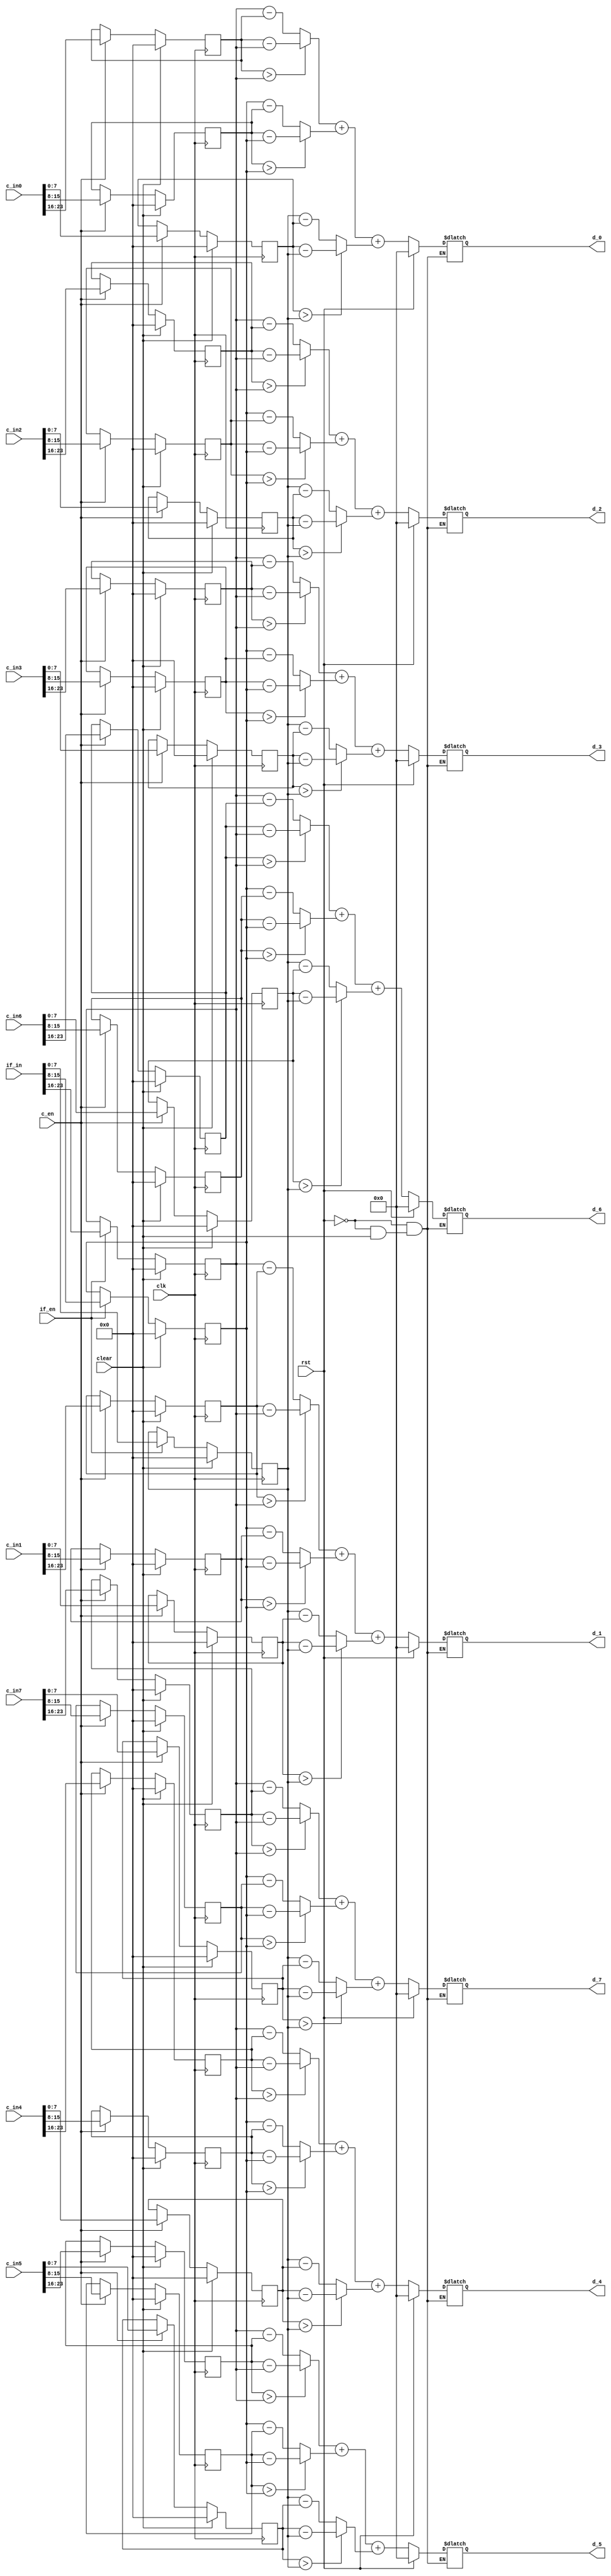
`timescale 1ns/10ps
`define RGB_DataSize 24
`define D_DataSize   10
// ---------------------- define ---------------------- //

module Manhattan(clk,
                 rst,
                 clear,
                 c_en,
                 if_en,
                 c_in0,
                 c_in1,
                 c_in2,
                 c_in3,
                 c_in4,
                 c_in5,
                 c_in6,
                 c_in7,
                 if_in,
                 d_0,
                 d_1,
                 d_2,
                 d_3,
                 d_4,
                 d_5,
                 d_6,
                 d_7);

  // ---------------------- input  ---------------------- //
  input  clk;
  input  rst;
  input  clear;
  input  c_en;
  input  if_en;
  input  [`RGB_DataSize-1:0] c_in0, c_in1, c_in2, c_in3, c_in4, c_in5, c_in6, c_in7;
  input  [`RGB_DataSize-1:0] if_in;

  // ---------------------- output ---------------------- //
  output [`D_DataSize-1:0]  d_0, d_1, d_2, d_3, d_4, d_5, d_6, d_7;

  // ---------------------- Write down Your design below  ---------------------- //
  // Declare variables for RGB values
  reg [7:0] c_in0_R, c_in0_G, c_in0_B;
  reg [7:0] c_in1_R, c_in1_G, c_in1_B;
  reg [7:0] c_in2_R, c_in2_G, c_in2_B;
  reg [7:0] c_in3_R, c_in3_G, c_in3_B;
  reg [7:0] c_in4_R, c_in4_G, c_in4_B;
  reg [7:0] c_in5_R, c_in5_G, c_in5_B;
  reg [7:0] c_in6_R, c_in6_G, c_in6_B;
  reg [7:0] c_in7_R, c_in7_G, c_in7_B;
  reg [7:0] if_in_R, if_in_G, if_in_B;
  reg [7:0] in_d_R [7:0];
  reg [7:0] in_d_G [7:0];
  reg [7:0] in_d_B [7:0];
  reg [9:0] d_0_reg, d_1_reg, d_2_reg, d_3_reg, d_4_reg, d_5_reg, d_6_reg, d_7_reg;
  integer i;
  always@(posedge clk)
  begin
    if (clear)
    begin
      c_in0_R <= 8'b0;
      c_in0_G <= 8'b0;
      c_in0_B <= 8'b0;
      c_in1_R <= 8'b0;
      c_in1_G <= 8'b0;
      c_in1_B <= 8'b0;
      c_in2_R <= 8'b0;
      c_in2_G <= 8'b0;
      c_in2_B <= 8'b0;
      c_in3_R <= 8'b0;
      c_in3_G <= 8'b0;
      c_in3_B <= 8'b0;
      c_in4_R <= 8'b0;
      c_in4_G <= 8'b0;
      c_in4_B <= 8'b0;
      c_in5_R <= 8'b0;
      c_in5_G <= 8'b0;
      c_in5_B <= 8'b0;
      c_in6_R <= 8'b0;
      c_in6_G <= 8'b0;
      c_in6_B <= 8'b0;
      c_in7_R <= 8'b0;
      c_in7_G <= 8'b0;
      c_in7_B <= 8'b0;
      if_in_R <= 8'b0;
      if_in_G <= 8'b0;
      if_in_B <= 8'b0;
    end else begin
      if (c_en)
      begin
        c_in0_R <= c_in0[`RGB_DataSize-1:16];
        c_in0_G <= c_in0[`RGB_DataSize-9:8];
        c_in0_B <= c_in0[`RGB_DataSize-17:0];
        c_in1_R <= c_in1[`RGB_DataSize-1:16];
        c_in1_G <= c_in1[`RGB_DataSize-9:8];
        c_in1_B <= c_in1[`RGB_DataSize-17:0];
        c_in2_R <= c_in2[`RGB_DataSize-1:16];
        c_in2_G <= c_in2[`RGB_DataSize-9:8];
        c_in2_B <= c_in2[`RGB_DataSize-17:0];
        c_in3_R <= c_in3[`RGB_DataSize-1:16];
        c_in3_G <= c_in3[`RGB_DataSize-9:8];
        c_in3_B <= c_in3[`RGB_DataSize-17:0];
        c_in4_R <= c_in4[`RGB_DataSize-1:16];
        c_in4_G <= c_in4[`RGB_DataSize-9:8];
        c_in4_B <= c_in4[`RGB_DataSize-17:0];
        c_in5_R <= c_in5[`RGB_DataSize-1:16];
        c_in5_G <= c_in5[`RGB_DataSize-9:8];
        c_in5_B <= c_in5[`RGB_DataSize-17:0];
        c_in6_R <= c_in6[`RGB_DataSize-1:16];
        c_in6_G <= c_in6[`RGB_DataSize-9:8];
        c_in6_B <= c_in6[`RGB_DataSize-17:0];
        c_in7_R <= c_in7[`RGB_DataSize-1:16];
        c_in7_G <= c_in7[`RGB_DataSize-9:8];
        c_in7_B <= c_in7[`RGB_DataSize-17:0];
      end
      if (if_en) 
      begin
        if_in_R <= if_in[`RGB_DataSize-1:16];
        if_in_G <= if_in[`RGB_DataSize-9:8];
        if_in_B <= if_in[`RGB_DataSize-17:0];
      end
    end
  end
  always@(*)
  begin
    if (rst) 
    begin
      d_0_reg = 10'b0;
      d_1_reg = 10'b0;
      d_2_reg = 10'b0;
      d_3_reg = 10'b0;
      d_4_reg = 10'b0;
      d_5_reg = 10'b0;
      d_6_reg = 10'b0;
      d_7_reg = 10'b0;
    end else begin
      if (clear)
      begin
        for (i=0; i<8; i=i+1)
        begin
          in_d_R[i] = 8'b0;
          in_d_G[i] = 8'b0;
          in_d_B[i] = 8'b0;
        end
      end else begin
        in_d_R[0] = (c_in0_R > if_in_R) ? (c_in0_R - if_in_R) : (if_in_R - c_in0_R);
        in_d_G[0] = (c_in0_G > if_in_G) ? (c_in0_G - if_in_G) : (if_in_G - c_in0_G);
        in_d_B[0] = (c_in0_B > if_in_B) ? (c_in0_B - if_in_B) : (if_in_B - c_in0_B);
        in_d_R[1] = (c_in1_R > if_in_R) ? (c_in1_R - if_in_R) : (if_in_R - c_in1_R);
        in_d_G[1] = (c_in1_G > if_in_G) ? (c_in1_G - if_in_G) : (if_in_G - c_in1_G);
        in_d_B[1] = (c_in1_B > if_in_B) ? (c_in1_B - if_in_B) : (if_in_B - c_in1_B);
        in_d_R[2] = (c_in2_R > if_in_R) ? (c_in2_R - if_in_R) : (if_in_R - c_in2_R);
        in_d_G[2] = (c_in2_G > if_in_G) ? (c_in2_G - if_in_G) : (if_in_G - c_in2_G);
        in_d_B[2] = (c_in2_B > if_in_B) ? (c_in2_B - if_in_B) : (if_in_B - c_in2_B);
        in_d_R[3] = (c_in3_R > if_in_R) ? (c_in3_R - if_in_R) : (if_in_R - c_in3_R);
        in_d_G[3] = (c_in3_G > if_in_G) ? (c_in3_G - if_in_G) : (if_in_G - c_in3_G);
        in_d_B[3] = (c_in3_B > if_in_B) ? (c_in3_B - if_in_B) : (if_in_B - c_in3_B);
        in_d_R[4] = (c_in4_R > if_in_R) ? (c_in4_R - if_in_R) : (if_in_R - c_in4_R);
        in_d_G[4] = (c_in4_G > if_in_G) ? (c_in4_G - if_in_G) : (if_in_G - c_in4_G);
        in_d_B[4] = (c_in4_B > if_in_B) ? (c_in4_B - if_in_B) : (if_in_B - c_in4_B);
        in_d_R[5] = (c_in5_R > if_in_R) ? (c_in5_R - if_in_R) : (if_in_R - c_in5_R);
        in_d_G[5] = (c_in5_G > if_in_G) ? (c_in5_G - if_in_G) : (if_in_G - c_in5_G);
        in_d_B[5] = (c_in5_B > if_in_B) ? (c_in5_B - if_in_B) : (if_in_B - c_in5_B);
        in_d_R[6] = (c_in6_R > if_in_R) ? (c_in6_R - if_in_R) : (if_in_R - c_in6_R);
        in_d_G[6] = (c_in6_G > if_in_G) ? (c_in6_G - if_in_G) : (if_in_G - c_in6_G);
        in_d_B[6] = (c_in6_B > if_in_B) ? (c_in6_B - if_in_B) : (if_in_B - c_in6_B);
        in_d_R[7] = (c_in7_R > if_in_R) ? (c_in7_R - if_in_R) : (if_in_R - c_in7_R);
        in_d_G[7] = (c_in7_G > if_in_G) ? (c_in7_G - if_in_G) : (if_in_G - c_in7_G);
        in_d_B[7] = (c_in7_B > if_in_B) ? (c_in7_B - if_in_B) : (if_in_B - c_in7_B);
        d_0_reg = in_d_R[0] + in_d_G[0] + in_d_B[0];
        d_1_reg = in_d_R[1] + in_d_G[1] + in_d_B[1];
        d_2_reg = in_d_R[2] + in_d_G[2] + in_d_B[2];
        d_3_reg = in_d_R[3] + in_d_G[3] + in_d_B[3];
        d_4_reg = in_d_R[4] + in_d_G[4] + in_d_B[4];
        d_5_reg = in_d_R[5] + in_d_G[5] + in_d_B[5];
        d_6_reg = in_d_R[6] + in_d_G[6] + in_d_B[6];
        d_7_reg = in_d_R[7] + in_d_G[7] + in_d_B[7];
      end
    end
  end
  assign d_0 = d_0_reg;
  assign d_1 = d_1_reg;
  assign d_2 = d_2_reg;
  assign d_3 = d_3_reg;
  assign d_4 = d_4_reg;
  assign d_5 = d_5_reg;
  assign d_6 = d_6_reg;
  assign d_7 = d_7_reg;
endmodule